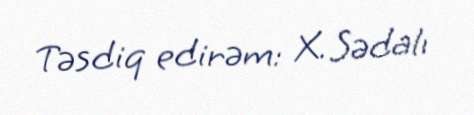
Təsdiq edirəm: X. Sədalı